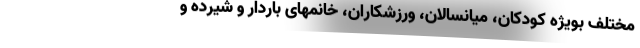
مختلف بویژه کودکان، میانسالان، ورزشکاران، خانمهای باردار و شیرده و